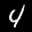
Label: 4